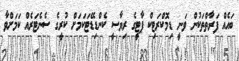
ބައެއް ފަރާތްތަކުން ވަނީ ޑިމޮކްރަޓިކް ޕާޓީގެ ރިޔާސީ ކެންޑިޑޭޓަކަމަށް ކުރީގެ ސެނެޓަރެއް ކަަމަށްވާ